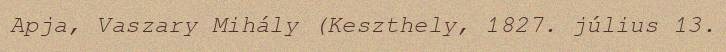
Apja, Vaszary Mihály (Keszthely, 1827. július 13.